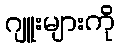
ဂျူးများကို